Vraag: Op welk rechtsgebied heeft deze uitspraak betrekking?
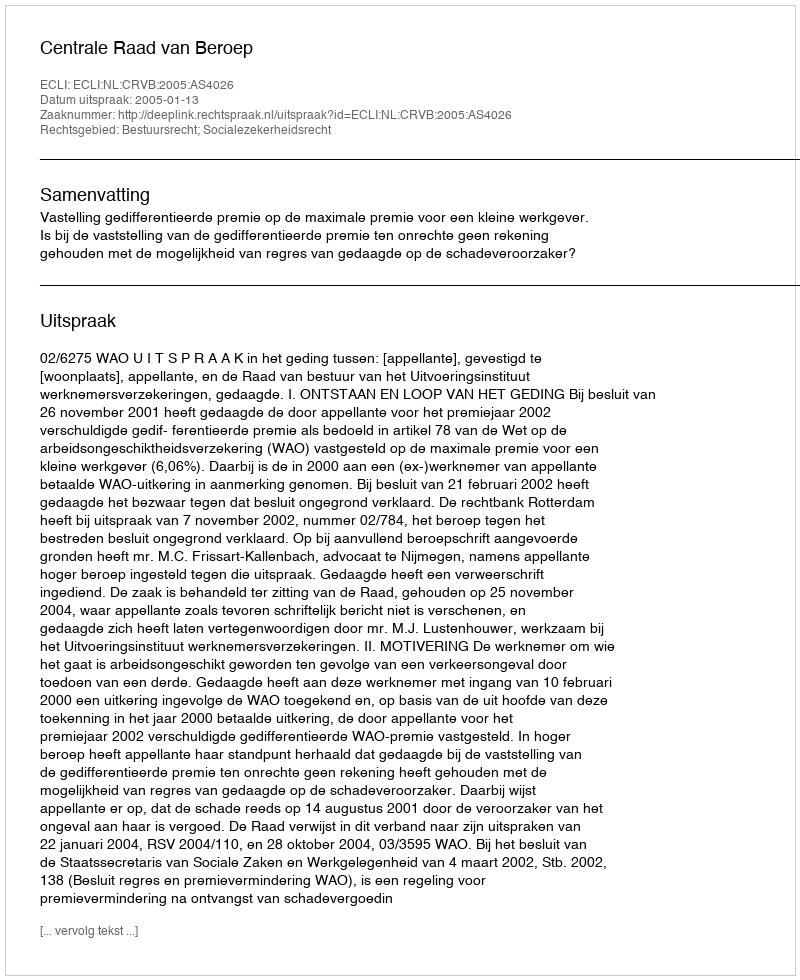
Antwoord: Bestuursrecht; Socialezekerheidsrecht